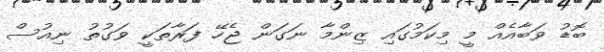
ބޮޑު ވަބާއެއް މީ މިކަމުގައި ޒިންމާ ނަގަން ޖެހޭ ފަރާތަކީ ވަގުތު ނިއުސް